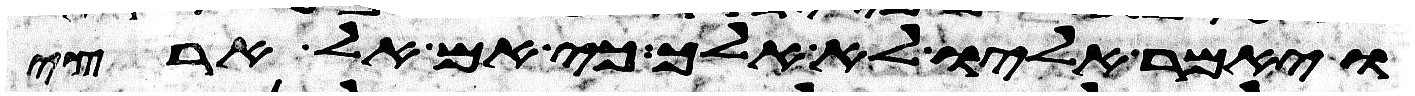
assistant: ויאמר אליו לא אלך כי אם אל ארצי